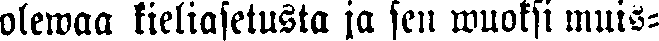
olewaa kieliasetusta ja sen wuoksi muis-